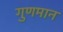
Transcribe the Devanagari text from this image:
गुणमान